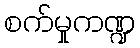
စက်မှုကဏ္ဍ